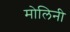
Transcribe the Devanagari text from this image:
मोलिनी